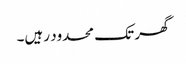
گھر تک محدود رہیں۔